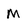
Character: M